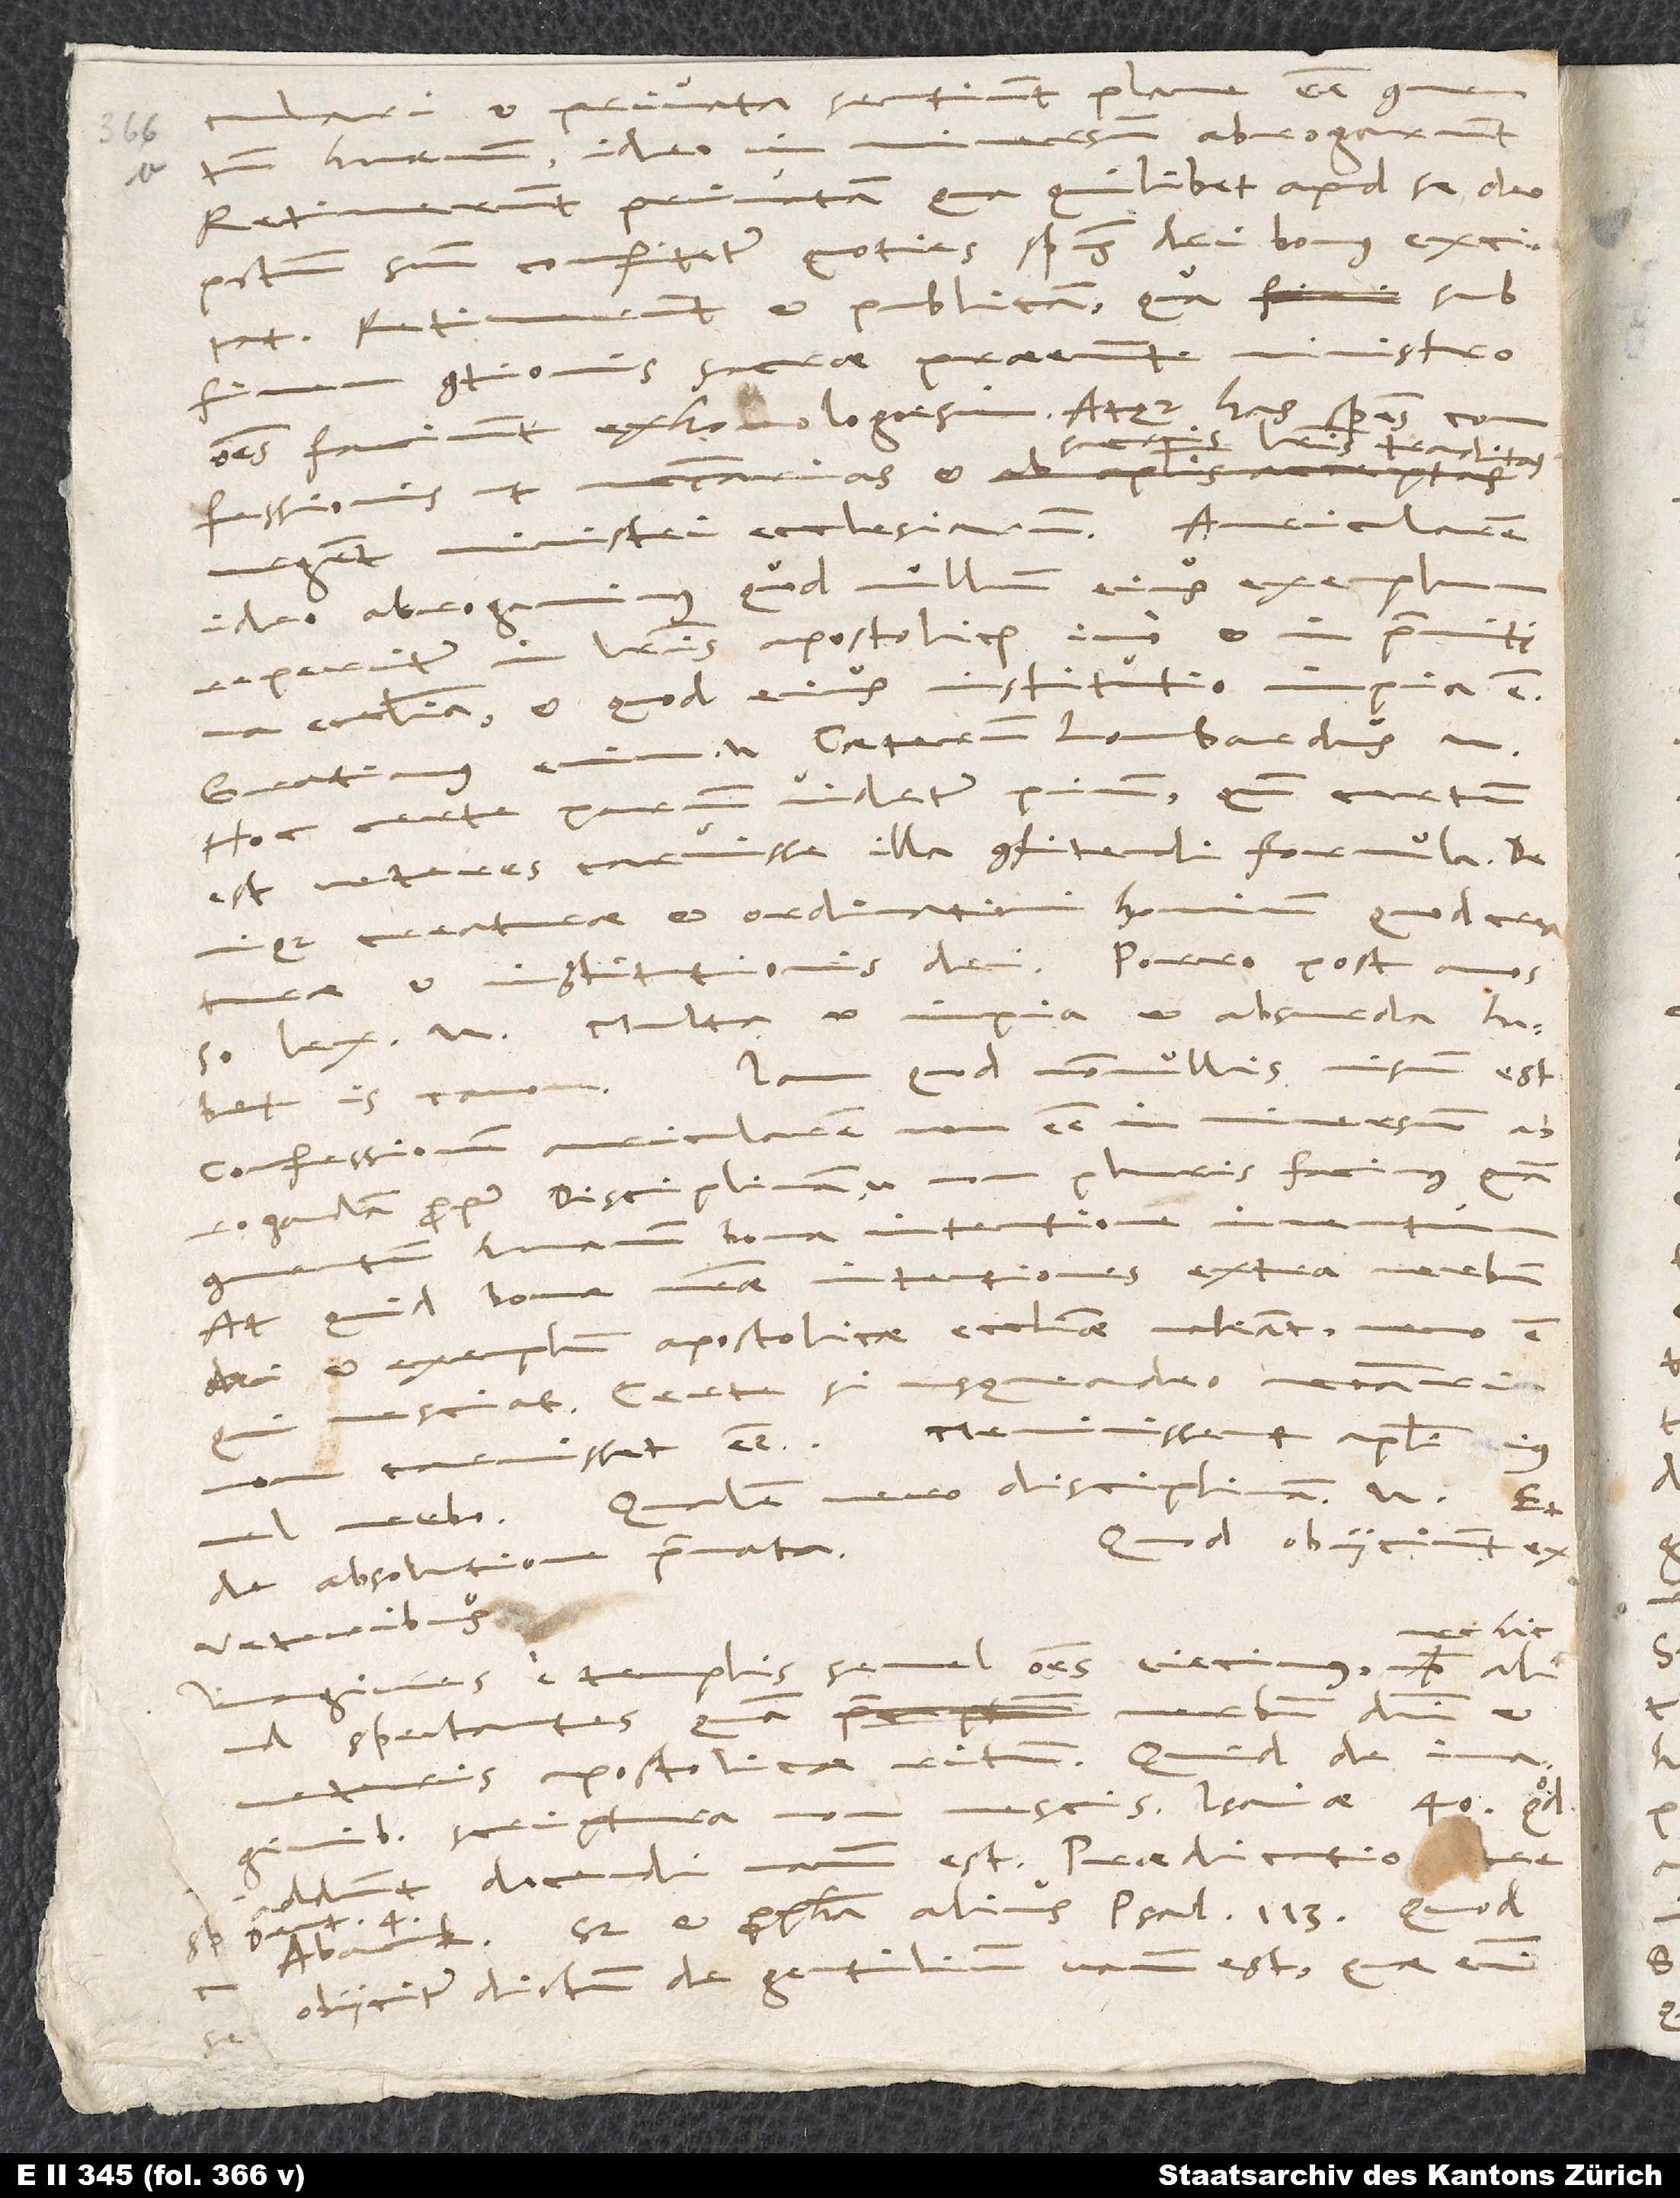
ulari et privata sentiunt plane esse commentum
abrogarunt.
Retinuerunt privatam, qua quilibet apud se deo
Retinuerunt et publicam, qua sub
omnes faciunt exhomologesim. Atque has
literis traditas
urgent ministri ecclesiarum. Auricularem
reperitur in literis apostolicis, imo et in primitiva
ecclesia, et quod eius institutio impia est.
Caeterum Lombardus etc.
Hoc certe parum videtur pium, quoniam certum
est veteres caruisse illa confitendi formula,
creaturae et ordinationi hominum, quod creaturae
et institutionis dei. Porro post annos
Multa et impia et absurda
Iam quod nonnullis visum est
confessionem auricularem non esse in universum
facimus quam
abrogandam propter disciplinam etc., non
humanum bona intentione
At quid bonae nostrae intentiones extra verbum
dei et exemplum apostolicae ecclesiae valeant, nemo est,
Certe, si usqueadeo necessaria,
non tacuisset esse. Meminissent apostoli eius
vero disciplinam etc. Et
verbo.
Quod obiiciunt ex
aliud spectantes quam
apostolicae ritum. Quid de imaginibus
scriptura, non nescis, Isaiae 40. Quod
addunt docendi, vanum est. Praedicatio docet.
sed et propheta alius Psal. 113. Quod
obiicitur dictum de gentilium, vanum est; quae enim